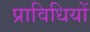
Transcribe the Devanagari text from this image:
प्राविधियों